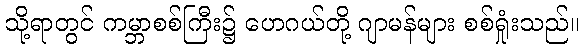
သို့ရာတွင် ကမ္ဘာစစ်ကြီး၌ ဟေဂယ်တို့ ဂျာမန်များ စစ်ရှုံးသည်။